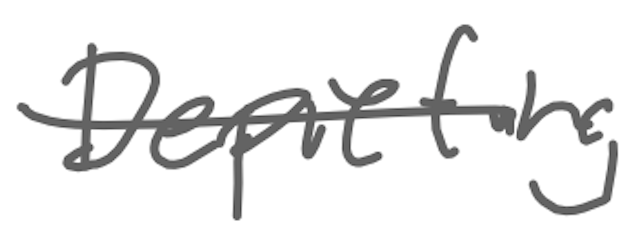
Text: Depicting
Cross-out: single-line
Writing tool: digital_gray